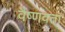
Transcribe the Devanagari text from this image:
वैष्णवता